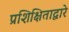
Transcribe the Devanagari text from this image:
प्रशिक्षिताद्वारे